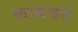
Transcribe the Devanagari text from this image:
काकबर्न